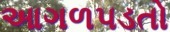
આગળપડતો